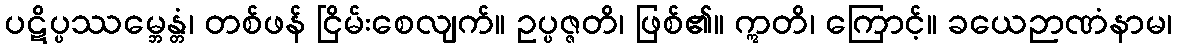
ပဋိပ္ပဿမ္ဘေန္တံ၊ တစ်ဖန် ငြိမ်းစေလျက်။ ဥပ္ပဇ္ဇတိ၊ ဖြစ်၏။ ဣတိ၊ ကြောင့်။ ခယေဉာဏံနာမ၊